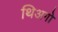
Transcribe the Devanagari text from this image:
थिअगो